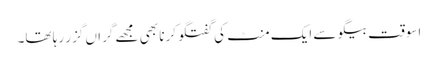
اسوقت بیگو سے ایک منٹ کی گفتگو کرنا بھی مجھے گراں گزر رہا تھا۔